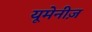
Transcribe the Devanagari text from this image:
यूमेनीज़